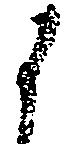
候